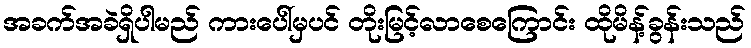
အခက်အခဲရှိပါမည် ကားပေါ်မှပင် တိုးမြင့်လာစေကြောင်း ထိုမိန့်ခွန်းသည်